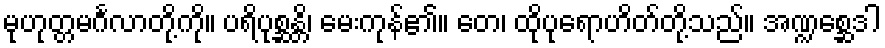
မုဟုတ္တမင်္ဂလာတို့ကို။ ပရိပုစ္ဆန္တိ၊ မေးကုန်၏။ တေ၊ ထိုပုရောဟိတ်တို့သည်။ အဏ္ဍစ္ဆေဒါ